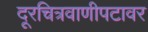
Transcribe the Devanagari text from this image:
दूरचित्रवाणीपटावर